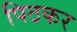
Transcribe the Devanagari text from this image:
पिठकर